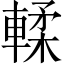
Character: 輮